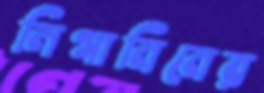
লিগানিনের